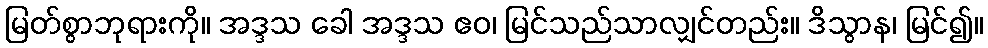
မြတ်စွာဘုရားကို။ အဒ္ဒသ ခေါ အဒ္ဒသ ဧဝ၊ မြင်သည်သာလျှင်တည်း။ ဒိသွာန၊ မြင်၍။